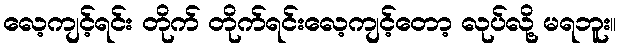
လေ့ကျင့်ရင်း တိုက် တိုက်ရင်းလေ့ကျင့်တော့ လုပ်လို့ မရဘူး။